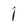
Character: I